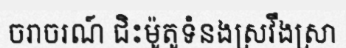
ចរាចរណ៍ ជិះម៉ូតូទំនងស្រវឹងស្រា